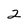
Character: 2